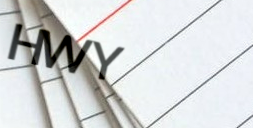
HWY